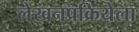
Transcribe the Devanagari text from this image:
लेखनप्रक्रियेला